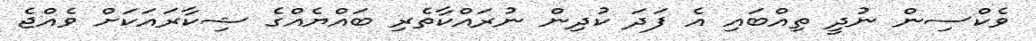
ވެކްސިން ނުދީ ތިއްބައި އެ ފަދަ ކުދިން ނުރައްކާތެރި ބައްޔެއްގެ ޝިކާރައަކަށް ވެއްޖެ